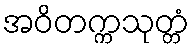
အဝိတက္ကသုတ္တံ